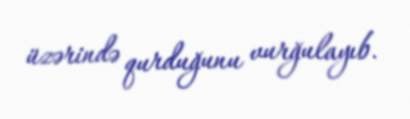
üzərində qurduğunu vurğulayıb.